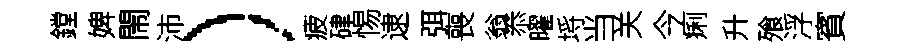
鏜婢閙沛）疲硉惕逮弭喪翁忝曜埓当关今痢升飱浮賓